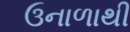
ઉનાળાથી